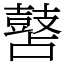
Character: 䵿